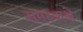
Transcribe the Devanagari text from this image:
समस्याअें